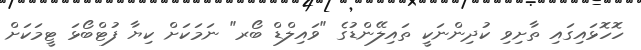
ހޮހޮޅައިގައި ތާށިވި ކުދިންނަކީ ތައިލޭންޑުގެ "ވައިލްޑް ބޯރ" ނަމަކަށް ކިޔާ ފުޓްބޯޅަ ޓީމަކަށް